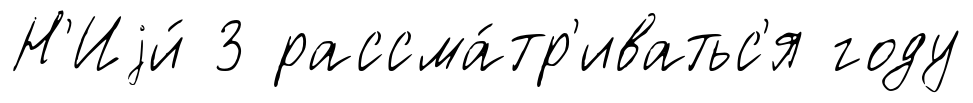
Н'Иjи́ 3 рассма́тр'иватьс'я году